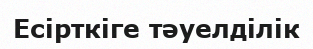
Есірткіге тәуелділік